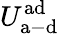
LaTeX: U_{\mathrm{a-d}}^{\mathrm{ad}}